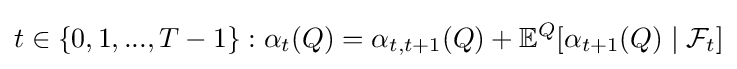
t\in \{0,1,...,T-1\}:\alpha _{t}(Q)=\alpha _{t,t+1}(Q)+\mathbb {E} ^{Q}[\alpha _{t+1}(Q)\mid {\mathcal {F}}_{t}]